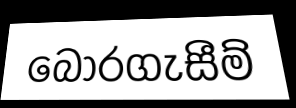
බෝරගැසීම්